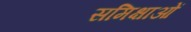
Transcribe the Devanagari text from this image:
समिक्षाओं